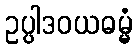
ဥပ္ပါဒဝယဓမ္မံ